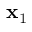
\mathbf { x } _ { 1 }